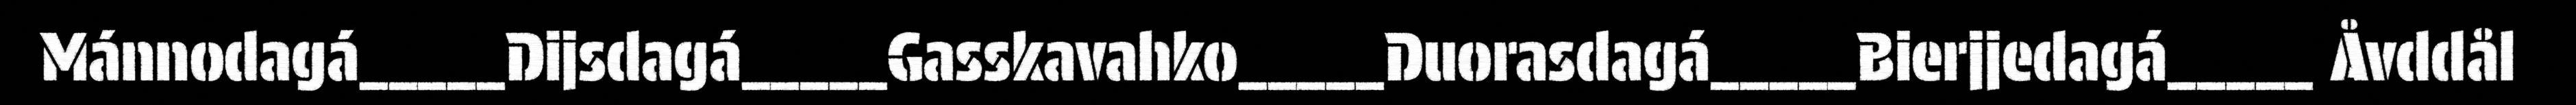
Mánnodagá_____Dijsdagá_____Gasskavahko_____Duorasdagá_____Bierjjedagá_____ Åvddål